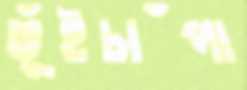
ভূঁইচাঁপা